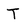
Character: T